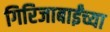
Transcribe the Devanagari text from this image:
गिरिजाबाईंच्या